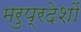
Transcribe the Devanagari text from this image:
मरुप्रदेशों